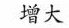
增大